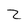
Character: z